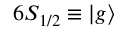
6 S _ { 1 / 2 } \equiv \left| g \right\rangle